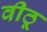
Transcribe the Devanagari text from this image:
वीठू